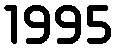
1995